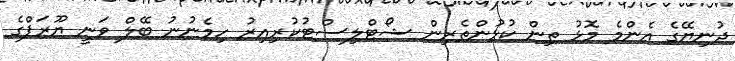
ދުނިޔޭގެ އެންމެ މޮޅު ތިން ކުޅުންތެރިން ޝޯޓްލިސްޓުކުރިއިރު ހިމެނުނު ބޭލް ވަނީ ޔޫރަޕްގެ